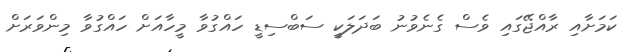
ކަމަށާއި ރާއްޖޭގައި ވެސް ގެނެވުނު ބަދަލަކީ ސަބްސިޑީ ހައްގުވާ މީހާއަށް ހައްގުވާ މިންވަރަށް